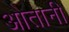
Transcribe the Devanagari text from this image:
ओतानी